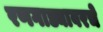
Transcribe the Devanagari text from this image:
रणगाड्यावरचे